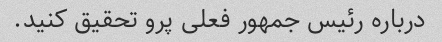
درباره رئیس جمهور فعلی پرو تحقیق کنید.